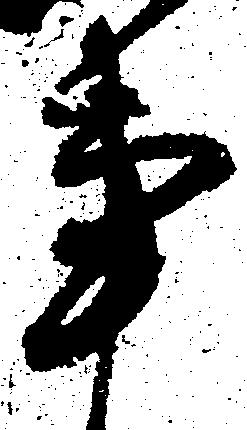
事